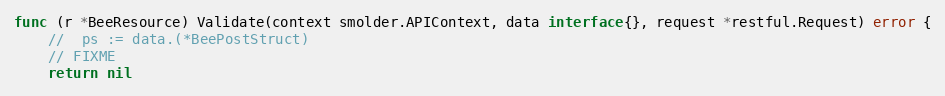
Language: Go
func (r *BeeResource) Validate(context smolder.APIContext, data interface{}, request *restful.Request) error {
	//	ps := data.(*BeePostStruct)
	// FIXME
	return nil